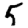
Digit: 5